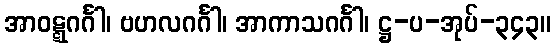
အာဝဋ္ဋဂင်္ဂါ၊ ဗဟလဂင်္ဂါ၊ အာကာသဂင်္ဂါ၊ ဋ္ဌ-ပ-အုပ်-၃၄၃။